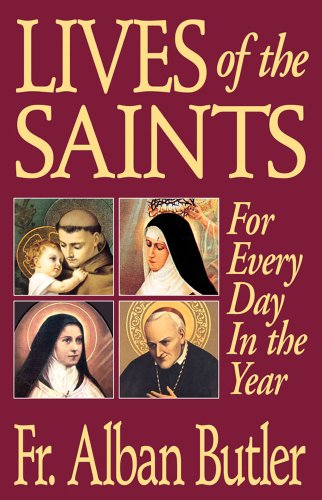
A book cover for Lives of The Saints: For Everyday in the Year; Rev. Fr. Alban Butler; Christian Books & Bibles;